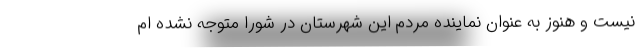
نیست و هنوز به عنوان نماینده مردم این شهرستان در شورا متوجه نشده ام